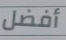
أفضل